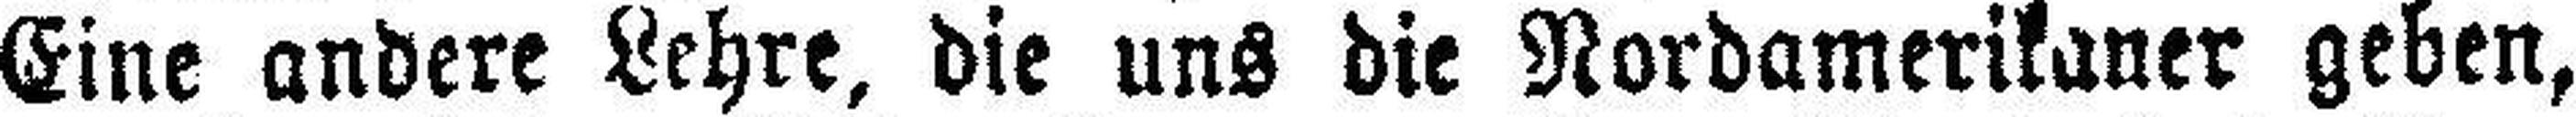
Eine andere Lehre, die uns die Nordamerikaner geben,